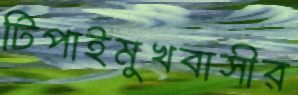
টিপাইমুখবাসীর